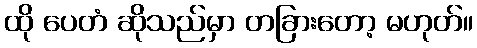
ထို ပေတံ ဆိုသည်မှာ တခြားတော့ မဟုတ်။